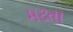
મટતા